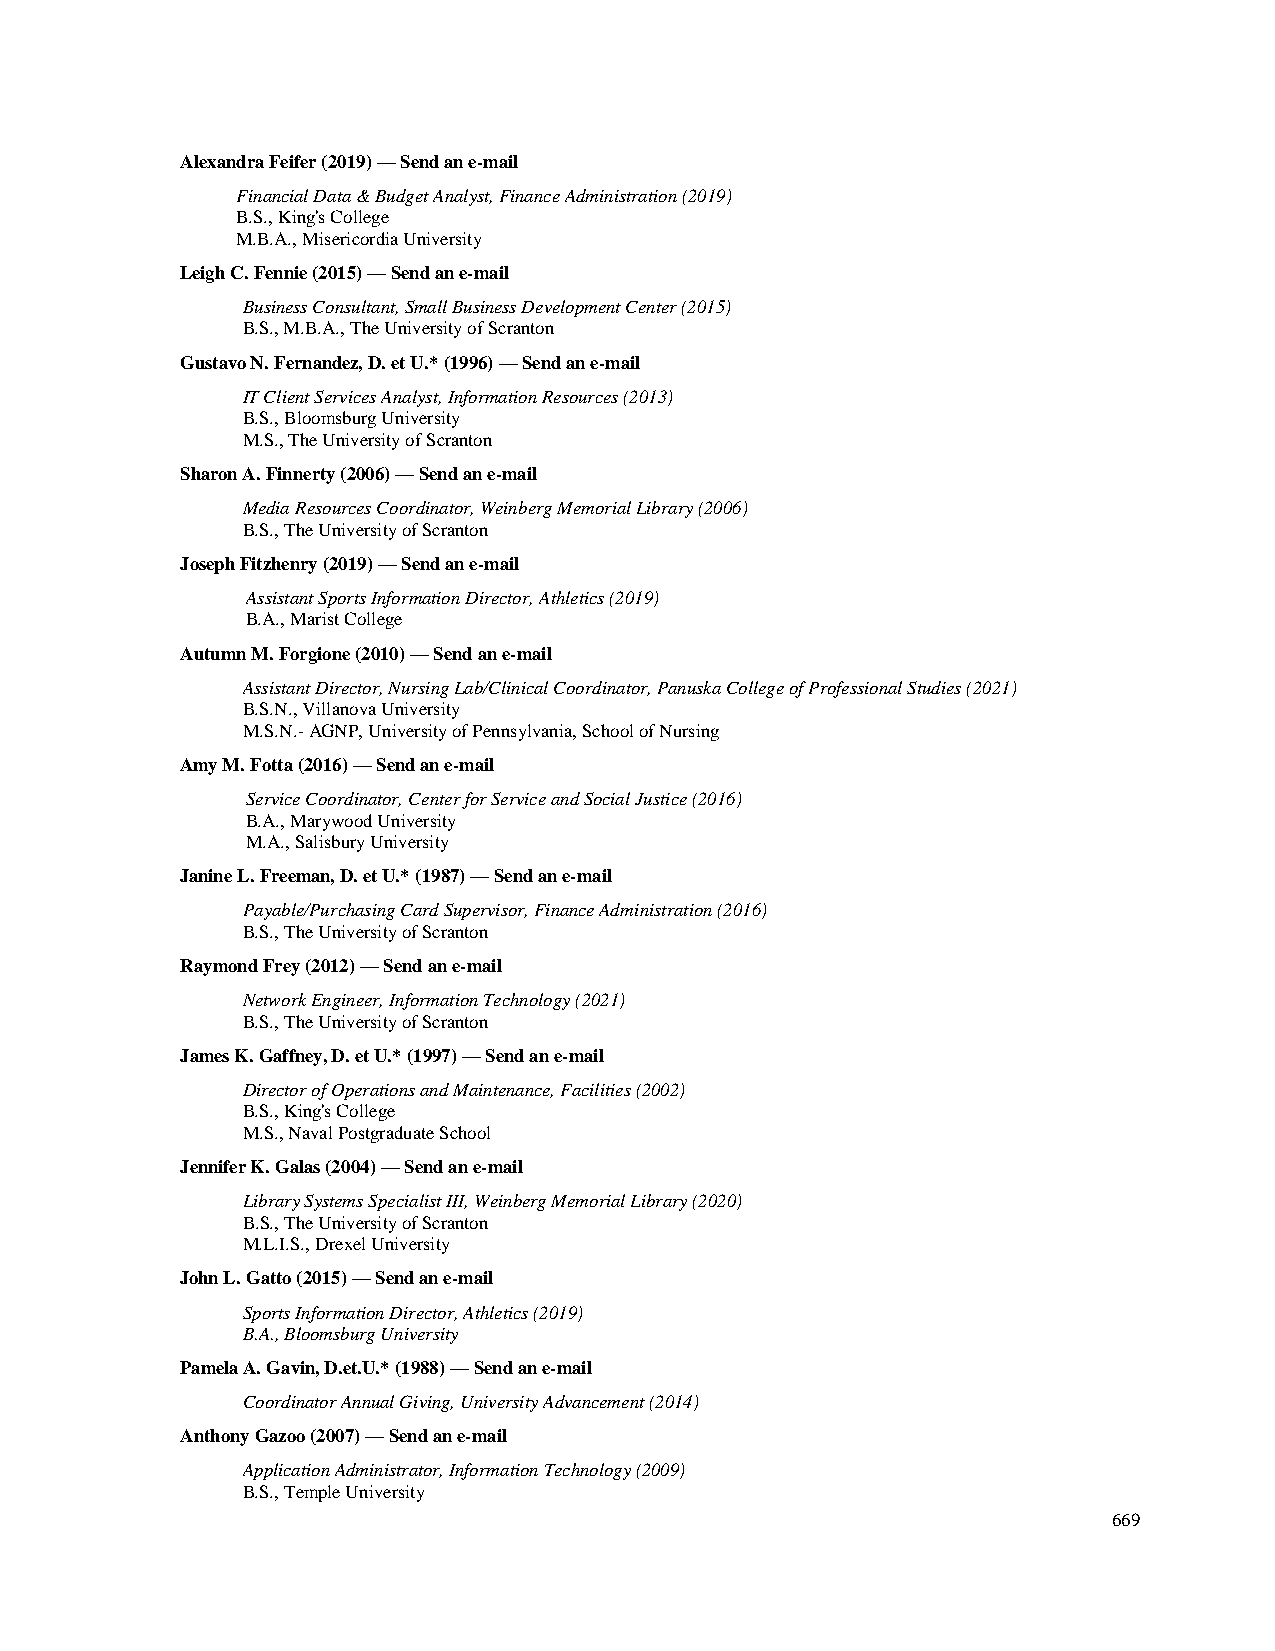
Alexandra Feifer (2019) — Send an e-mail
 Financial Data & Budget Analyst, Finance Administration (2019)
 B.S., King's College
 M.B.A., Misericordia University
 Leigh C. Fennie (2015) — Send an e-mail
 Business Consultant, Small Business Development Center (2015)
 B.S., M.B.A., The University of Scranton
 Gustavo N. Fernandez, D. et U.* (1996) — Send an e-mail
 IT Client Services Analyst, Information Resources (2013)
 B.S., Bloomsburg University
 M.S., The University of Scranton
 Sharon A. Finnerty (2006) — Send an e-mail
 Media Resources Coordinator, Weinberg Memorial Library (2006)
 B.S., The University of Scranton
 Joseph Fitzhenry (2019) — Send an e-mail
 Assistant Sports Information Director, Athletics (2019)
 B.A., Marist College
 Autumn M. Forgione (2010) — Send an e-mail
 Assistant Director, Nursing Lab/Clinical Coordinator, Panuska College of Professional Studies (2021)
 B.S.N., Villanova University
 M.S.N.- AGNP, University of Pennsylvania, School of Nursing
 Amy M. Fotta (2016) — Send an e-mail
 Service Coordinator, Center for Service and Social Justice (2016)
 B.A., Marywood University
 M.A., Salisbury University
 Janine L. Freeman, D. et U.* (1987) — Send an e-mail
 Payable/Purchasing Card Supervisor, Finance Administration (2016)
 B.S., The University of Scranton
 Raymond Frey (2012) — Send an e-mail
 Network Engineer, Information Technology (2021)
 B.S., The University of Scranton
 James K. Gaffney, D. et U.* (1997) — Send an e-mail
 Director of Operations and Maintenance, Facilities (2002)
 B.S., King's College
 M.S., Naval Postgraduate School
 Jennifer K. Galas (2004) — Send an e-mail
 Library Systems Specialist III, Weinberg Memorial Library (2020)
 B.S., The University of Scranton
 M.L.I.S., Drexel University
 John L. Gatto (2015) — Send an e-mail
 Sports Information Director, Athletics (2019)
 B.A., Bloomsburg University
 Pamela A. Gavin, D.et.U.* (1988) — Send an e-mail
 Coordinator Annual Giving, University Advancement (2014)
 Anthony Gazoo (2007) — Send an e-mail
 Application Administrator, Information Technology (2009)
 B.S., Temple University
 669